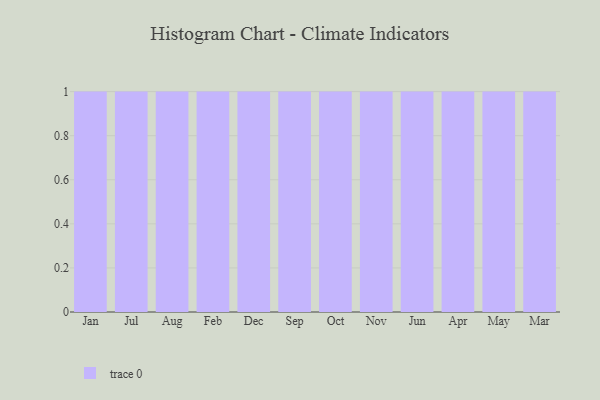
{"axis": {"x": "Month", "y": "Waste Production (Tons)"}, "legend": [""], "data": [{"x": "Jan", "y": 39, "type": ""}, {"x": "Jul", "y": 83, "type": ""}, {"x": "Aug", "y": 91, "type": ""}, {"x": "Feb", "y": 54, "type": ""}, {"x": "Dec", "y": 79, "type": ""}, {"x": "Sep", "y": 66, "type": ""}, {"x": "Oct", "y": 51, "type": ""}, {"x": "Nov", "y": 100, "type": ""}, {"x": "Jun", "y": 75, "type": ""}, {"x": "Apr", "y": 90, "type": ""}, {"x": "May", "y": 35, "type": ""}, {"x": "Mar", "y": 49, "type": ""}]}